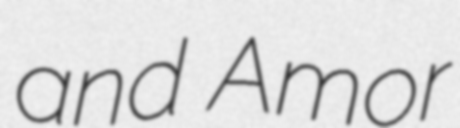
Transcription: and Amor